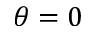
\theta = 0